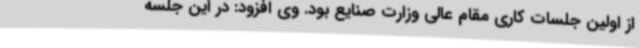
از اولین جلسات کاری مقام عالی وزارت صنایع بود. وی افزود: در این جلسه